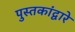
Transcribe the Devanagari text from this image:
पुस्तकांद्वारे